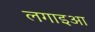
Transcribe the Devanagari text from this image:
लगाइआ